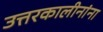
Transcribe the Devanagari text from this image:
उत्तरकालीनांना